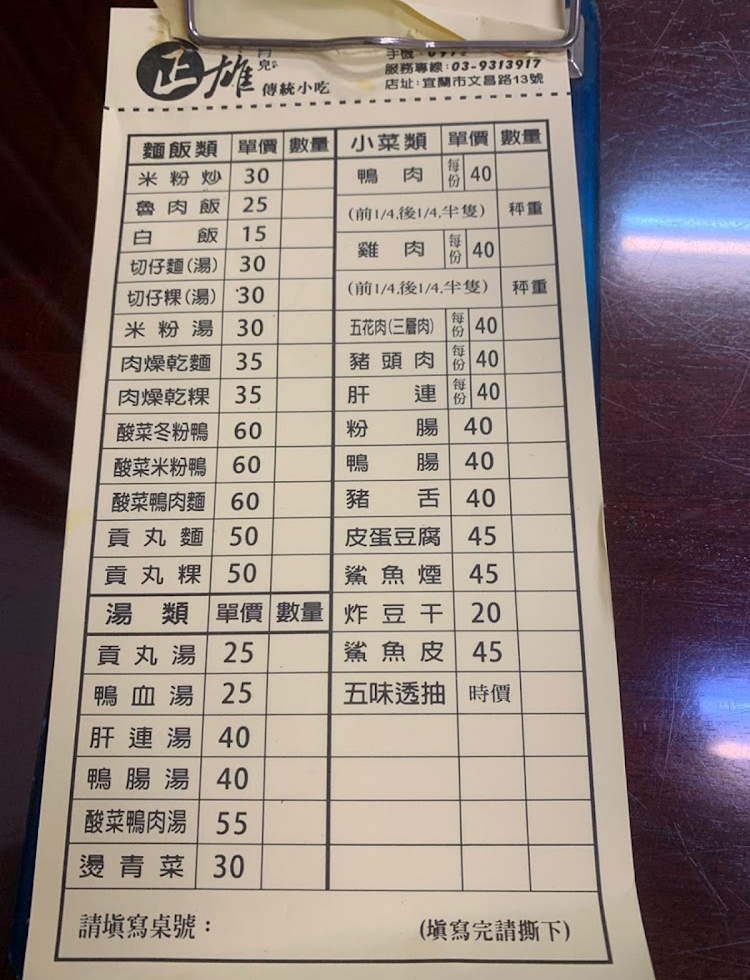
餐廳：正雄傅統小吃
地址：宜蘭市文昌路13號
電話：03-9313917
菜單：
name: 米粉炒
price: 30
name: 魯肉飯
price: 25
name: 白飯
price: 15
name: 切仔麵(湯)
price: 30
name: 切仔粿(湯)
price: 30
name: 米粉湯
price: 30
name: 肉燥乾麵
price: 35
name: 肉燥乾粿
price: 35
name: 酸菜冬粉鴨
price: 60
name: 酸菜米粉鴨
price: 60
name: 酸菜鴨肉麵
price: 60
name: 貢丸麵
price: 50
name: 貢丸粿
price: 50
name: 貢丸湯
price: 25
name: 鴨血湯
price: 25
name: 肝連湯
price: 40
name: 鴨腸湯
price: 40
name: 酸菜鴨肉湯
price: 55
name: 燙青菜
price: 30
name: 鴨肉
price: 40
name: 雞肉
price: 40
name: 五花肉(三層肉)
price: 40
name: 豬頭肉
price: 40
name: 肝連
price: 40
name: 粉腸
price: 40
name: 鴨腸
price: 40
name: 豬舌
price: 40
name: 皮蛋豆腐
price: 45
name: 鯊魚煙
price: 45
name: 炸豆干
price: 20
name: 鯊魚皮
price: 45
name: 五味透抽
price: -1